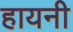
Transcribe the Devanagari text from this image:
हायनी